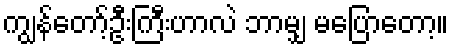
ကျွန်တော့်ဦးကြီးဟာလဲ ဘာမျှ မပြောတော့။